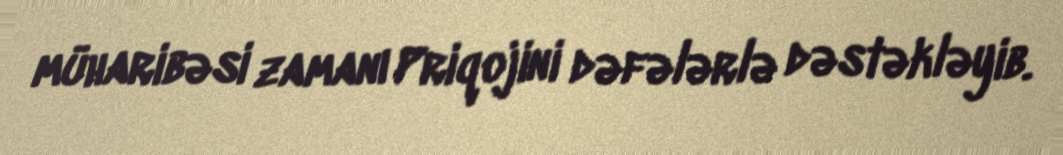
müharibəsi zamanı Priqojini dəfələrlə dəstəkləyib.